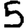
Digit: 5